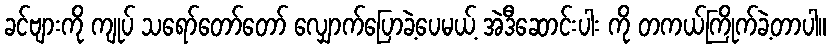
ခင်ဗျားကို ကျုပ် သရော်တော်တော် လျှောက်ပြောခဲ့ပေမယ့် အဲဒီဆောင်းပါး ကို တကယ်ကြိုက်ခဲ့တာပါ။